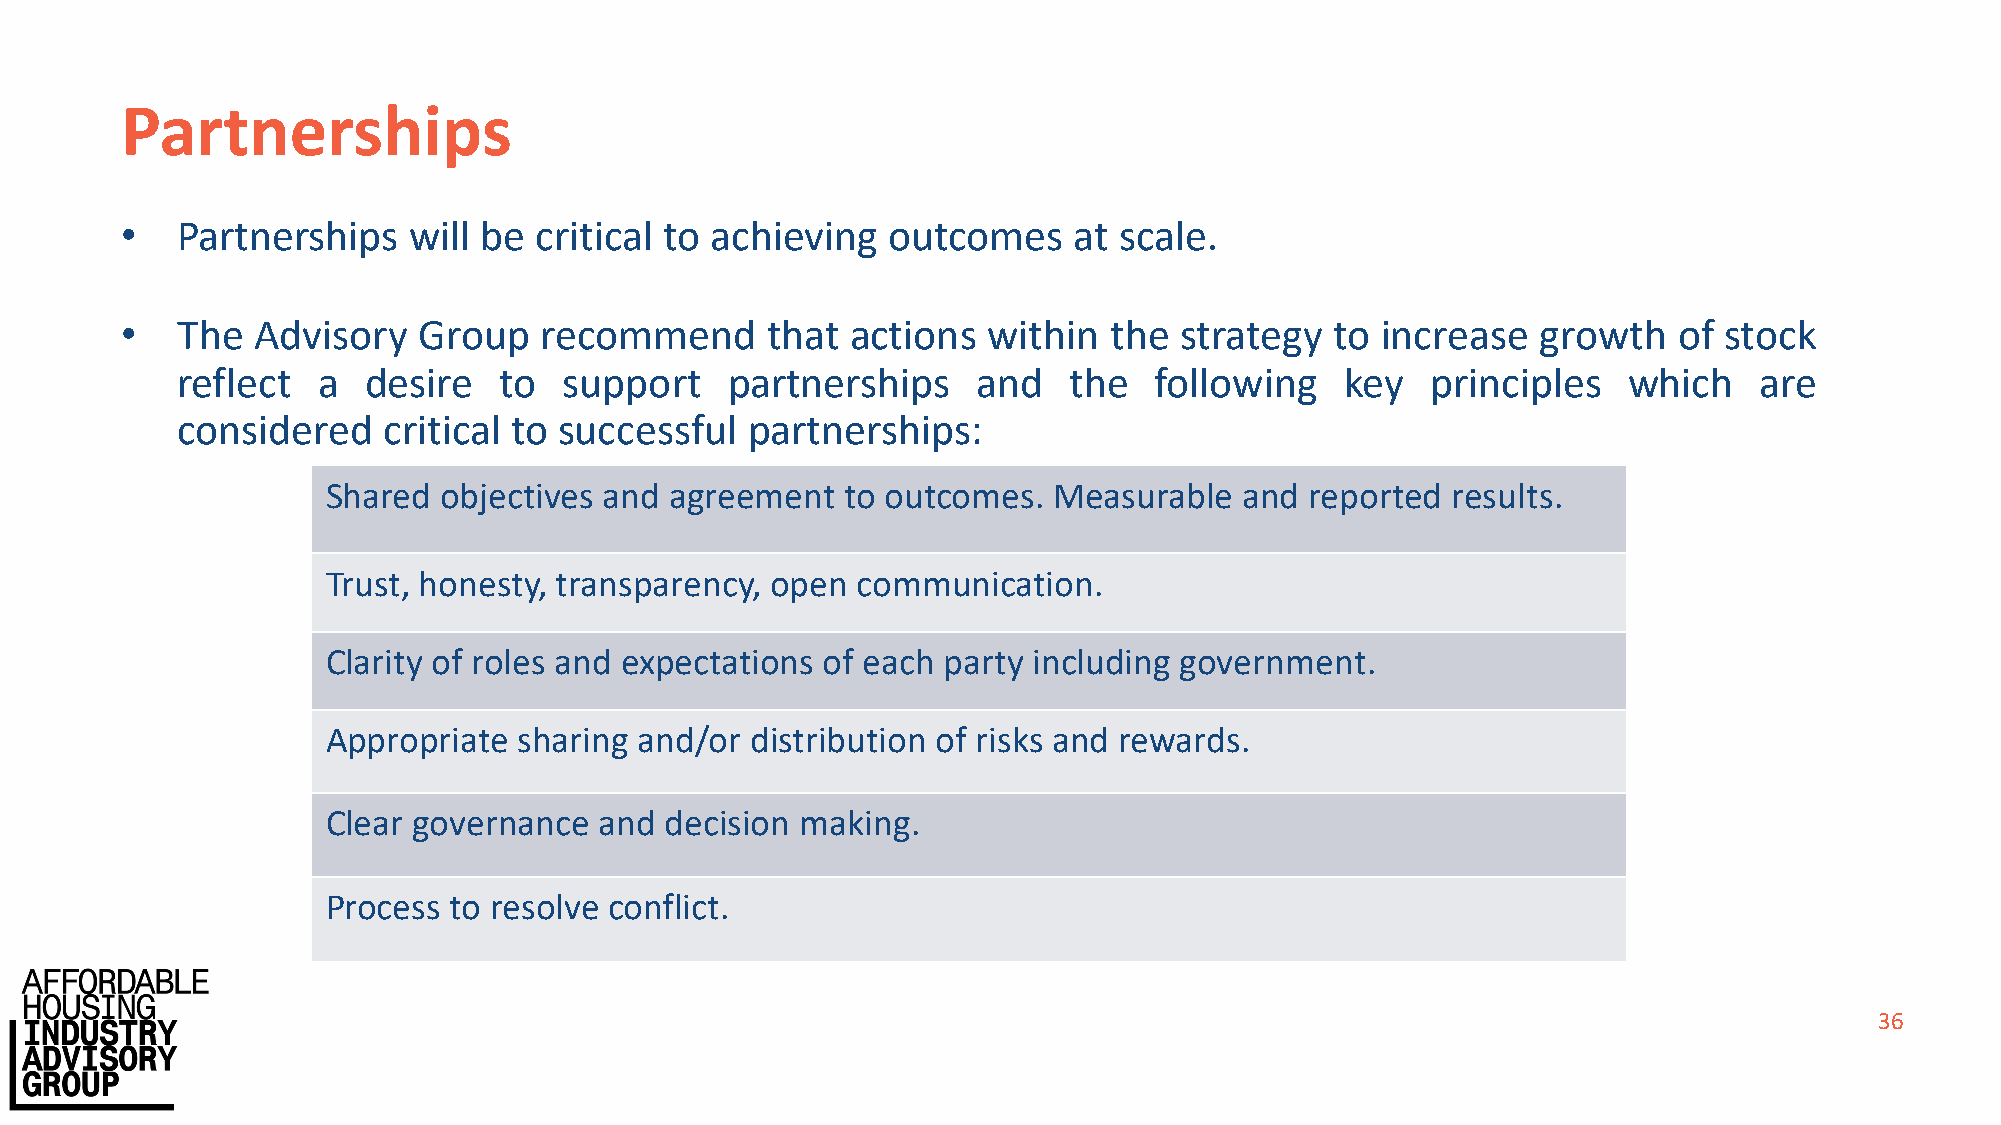
Partnerships
 •   Partnerships   will be critical to achieving   outcomes    at scale.
 •   The  Advisory   Group   recommend      that actions  within  the  strategy  to increase   growth   of stock
 reflect  a  desire   to  support    partnerships     and   the  following    key   principles   which   are
 considered   critical to successful  partnerships:
 Shared objectives and agreement   to outcomes.  Measurable  and  reported results.
 Trust, honesty, transparency, open communication.
 Clarity of roles and expectations of each party including government.
 Appropriate sharing and/or  distribution of risks and rewards.
 Clear governance  and decision making.
 Process to resolve conflict.
 36